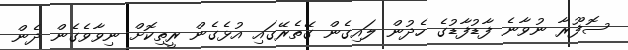
ސޮފޫރާ ނުވާނެ ފާޑުފާޑުގެ ހެދުން ލައިގެން ގޭތެރޭގައި އުޅެގެން ރީތިކޮށް ނިވާވެގެން ދެން